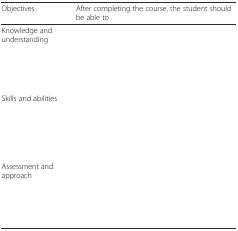
<table><thead><tr><td><b>Objectives</b></td><td><b>After completing the course, the student should be able to</b></td></tr></thead><tbody><tr><td>Knowledge and understanding</td><td>[EMPTY_CELL]</td></tr><tr><td>Skills and abilities</td><td>[EMPTY_CELL]</td></tr><tr><td>Assessment and approach</td><td>[EMPTY_CELL]</td></tr></tbody></table>